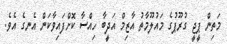
މަތިން ޕީޖީ ގުރޫޕުގެ މައުލޫމާތު އާޒިމް އަދީބާ ހިއްސާ ކޮށްފައިވާކަން އެނގެ އެވެ.